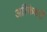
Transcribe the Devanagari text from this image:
अरिकेशरी